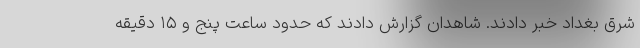
شرق بغداد خبر دادند. شاهدان گزارش دادند که حدود ساعت پنج و ۱۵ دقیقه